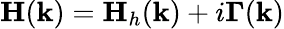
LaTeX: \mathbf{H}(\mathbf{k})=\mathbf{H}_{h}(\mathbf{k})+i\mathbf{\Gamma}(\mathbf{k})